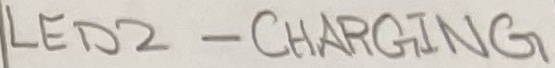
Text: LED2 - CHARGING